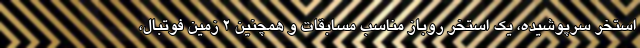
استخر سرپوشیده، یک استخر روباز مناسب مسابقات و همچنین ۲ زمین فوتبال،